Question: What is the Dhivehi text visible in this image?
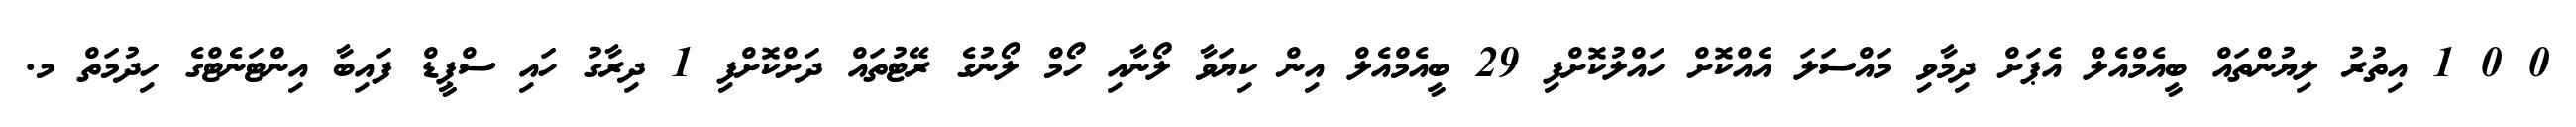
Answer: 0 0 1 އިތުރު ލިޔުންތައް ބީއެމްއެލް އެޕަށް ދިމާވި މައްސަލަ އެއްކޮށް ހައްލުކޮށްފި 29 ބީއެމްއެލް އިން ކިޔަވާ ލޯނާއި ހޯމް ލޯނުގެ ރޭޓުތައް ދަށްކޮށްފި 1 ދިރާގު ހައި ސްޕީޑް ފައިބާ އިންޓަނެޓްގެ ހިދުމަތް މ.